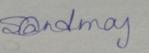
Signature authenticity: genuine